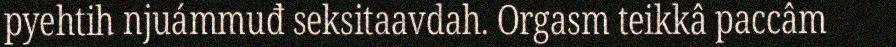
pyehtih njuámmuđ seksitaavdah. Orgasm teikkâ paccâm